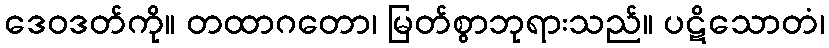
ဒေဝဒတ်ကို။ တထာဂတော၊ မြတ်စွာဘုရားသည်။ ပဋိသောတံ၊